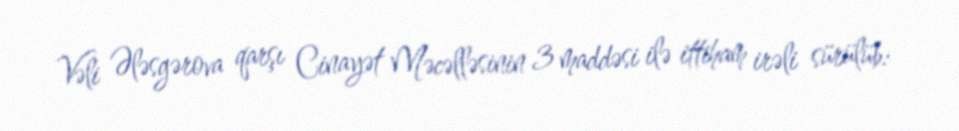
Vəli Ələsgərova qarşı Cinayət Məcəlləsinin 3 maddəsi ilə ittiham irəli sürülüb: